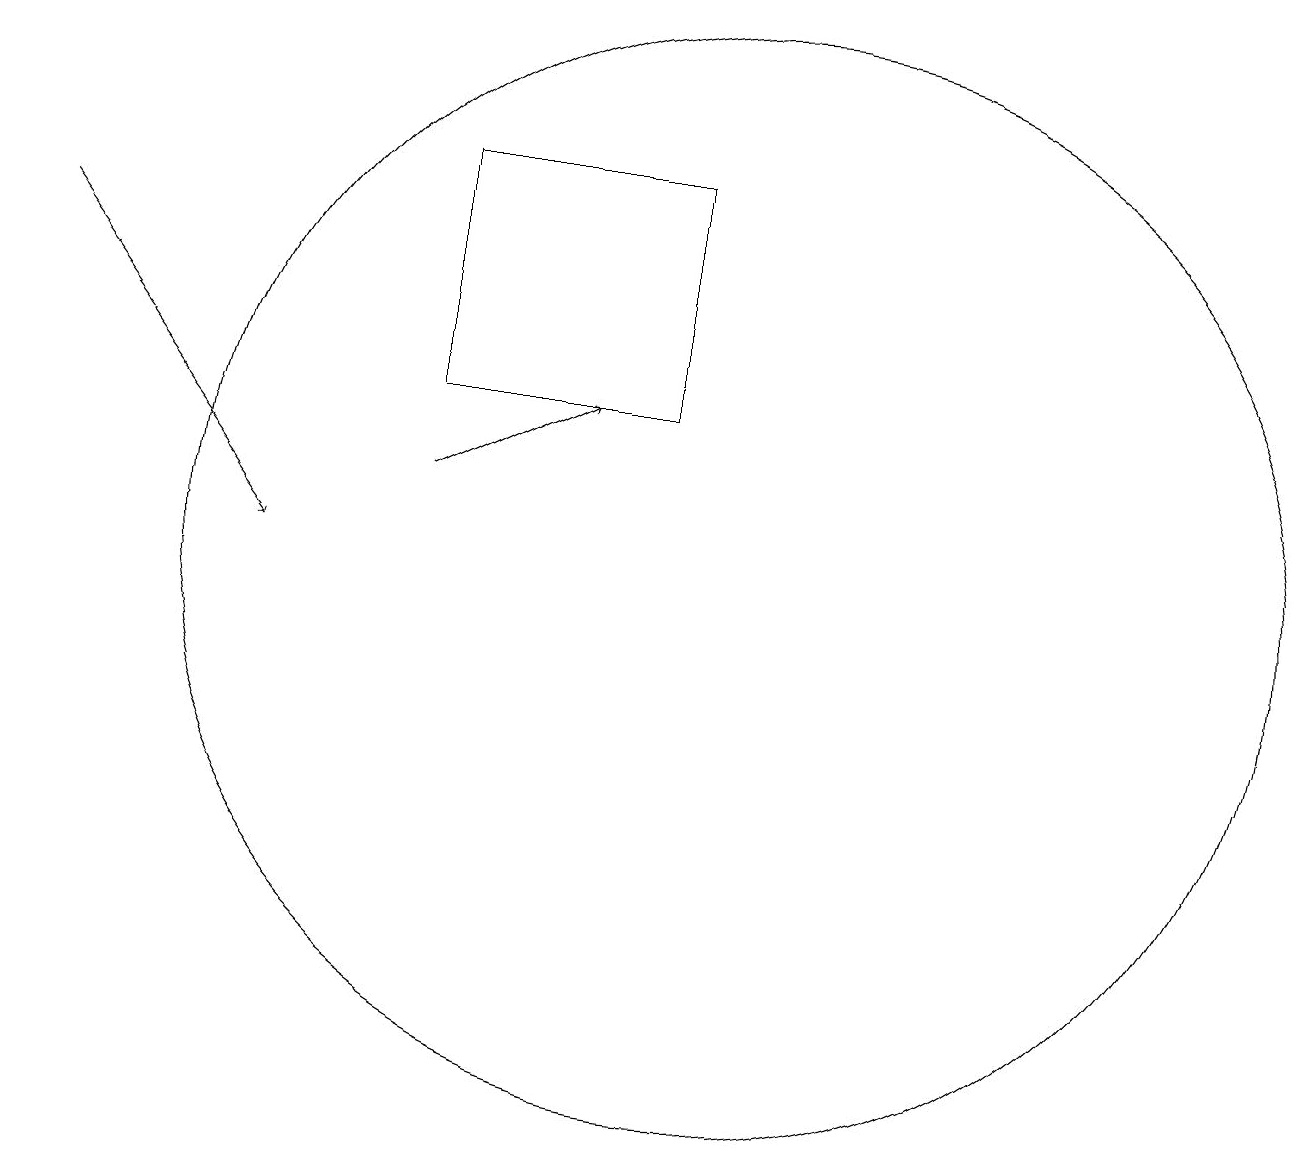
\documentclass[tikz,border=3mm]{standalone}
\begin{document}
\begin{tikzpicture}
\draw (10,11) circle (7);
\draw[->] (6,12) -- (8,13);
\draw (6,16) rectangle (9,13);
\draw[->] (1,15) -- (4,11);
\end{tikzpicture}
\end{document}